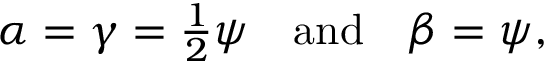
\alpha = \gamma = { \textstyle { \frac { 1 } { 2 } } } \psi \quad \mathrm { a n d } \quad \beta = \psi ,